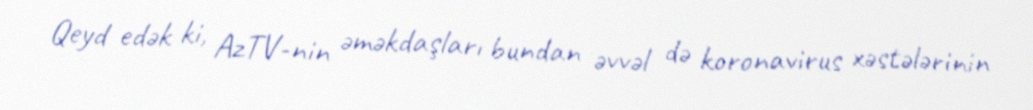
Qeyd edək ki, AzTV-nin əməkdaşları bundan əvvəl də koronavirus xəstələrinin